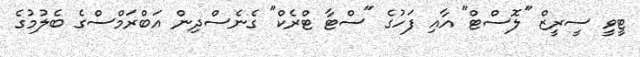
ޓީވީ ސީރީޒް "ލޮސްޓް" އާއި ފަހުގެ "ސްޓާ ޓްރެކް" ގެނެސްދިން އަބްރަމްސްގެ ބެލުމުގެ